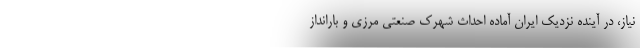
نیاز، در آینده نزدیک ایران آماده احداث شهرک صنعتی مرزی و بارانداز